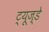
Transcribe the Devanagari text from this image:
ट्यूज्डे